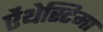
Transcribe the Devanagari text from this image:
ऐंथेस्टिमा